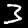
Label: 3